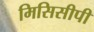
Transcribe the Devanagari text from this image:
मिसिसीपी